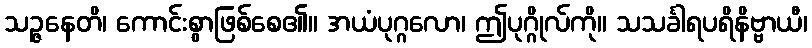
သဉ္ဇနေတိ၊ ကောင်းစွာဖြစ်စေ၏။ အယံပုဂ္ဂလော၊ ဤပုဂ္ဂိုလ်ကို။ သသင်္ခါရပရိနိဗ္ဗာယီ၊